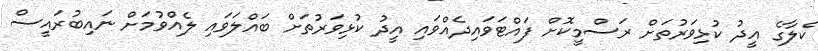
ކެލާގެ އީދު ކުޅިވަރުތަށް ރަސްމީކޮށް ފައްޓަވައިދެއްވައި އީދު ކުޅިވަރުތަށް ބައްލަވައި ލެއްވުމަށް ނައިބުރައީސް